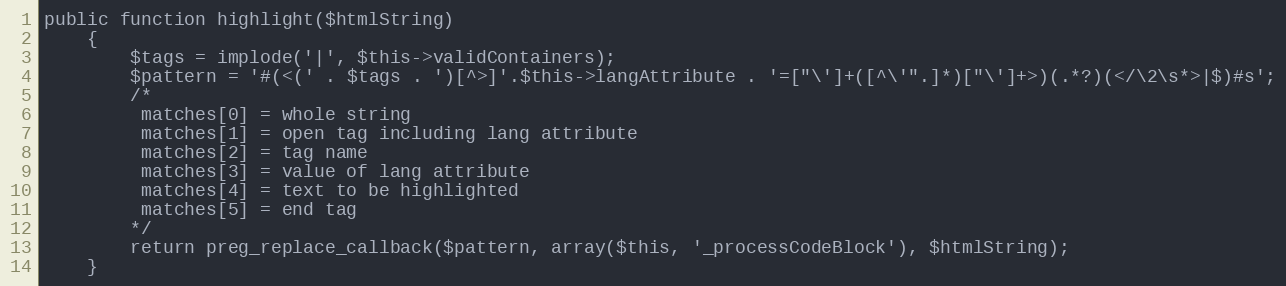
Language: PHP
public function highlight($htmlString)
    {
        $tags = implode('|', $this->validContainers);
        $pattern = '#(<(' . $tags . ')[^>]'.$this->langAttribute . '=["\']+([^\'".]*)["\']+>)(.*?)(</\2\s*>|$)#s';
        /*
         matches[0] = whole string
         matches[1] = open tag including lang attribute
         matches[2] = tag name
         matches[3] = value of lang attribute
         matches[4] = text to be highlighted
         matches[5] = end tag
        */
        return preg_replace_callback($pattern, array($this, '_processCodeBlock'), $htmlString);
    }